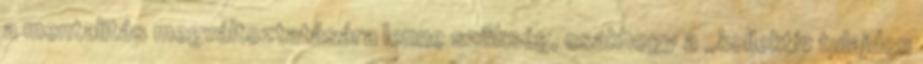
a mentalitás megváltoztatására lenne szükség, csakhogy a „kollektív tulajdon